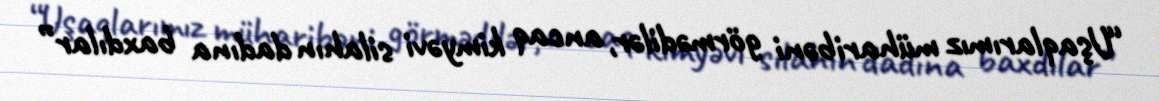
“Uşaqlarımız müharibəni görmədilər, ancaq kimyəvi silahın dadına baxdılar”